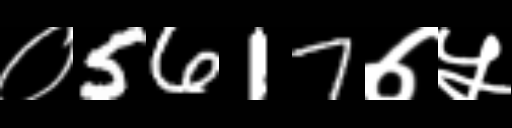
Text: ०5617७५